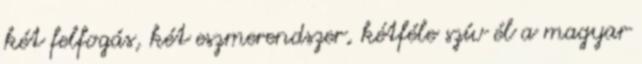
két felfogás, két eszmerendszer, kétféle szív él a magyar